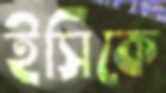
ইসিকে